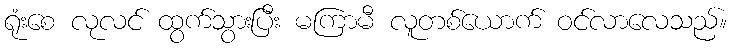
ရုံးစေ လုလင် ထွက်သွားပြီး မကြာမီ လူတစ်ယောက် ဝင်လာလေသည်။